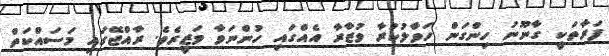
ފަރާތަކީ ގާނޫނު ހިންގަން ހަވާލުކުރާ ވުޒާރާ އެއްގައި ހުންނަވާ ވަޒީރެވެ. ރާއްޖޭގައި މަސައްކަތް